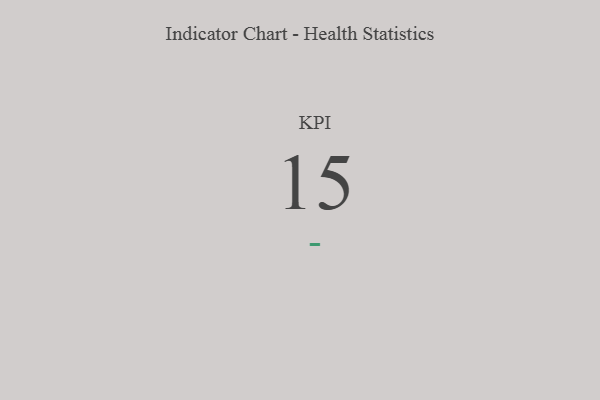
{"axis": {"x": "KPI", "y": "Value"}, "legend": [""], "data": [{"x": "KPI", "y": 15, "type": ""}]}